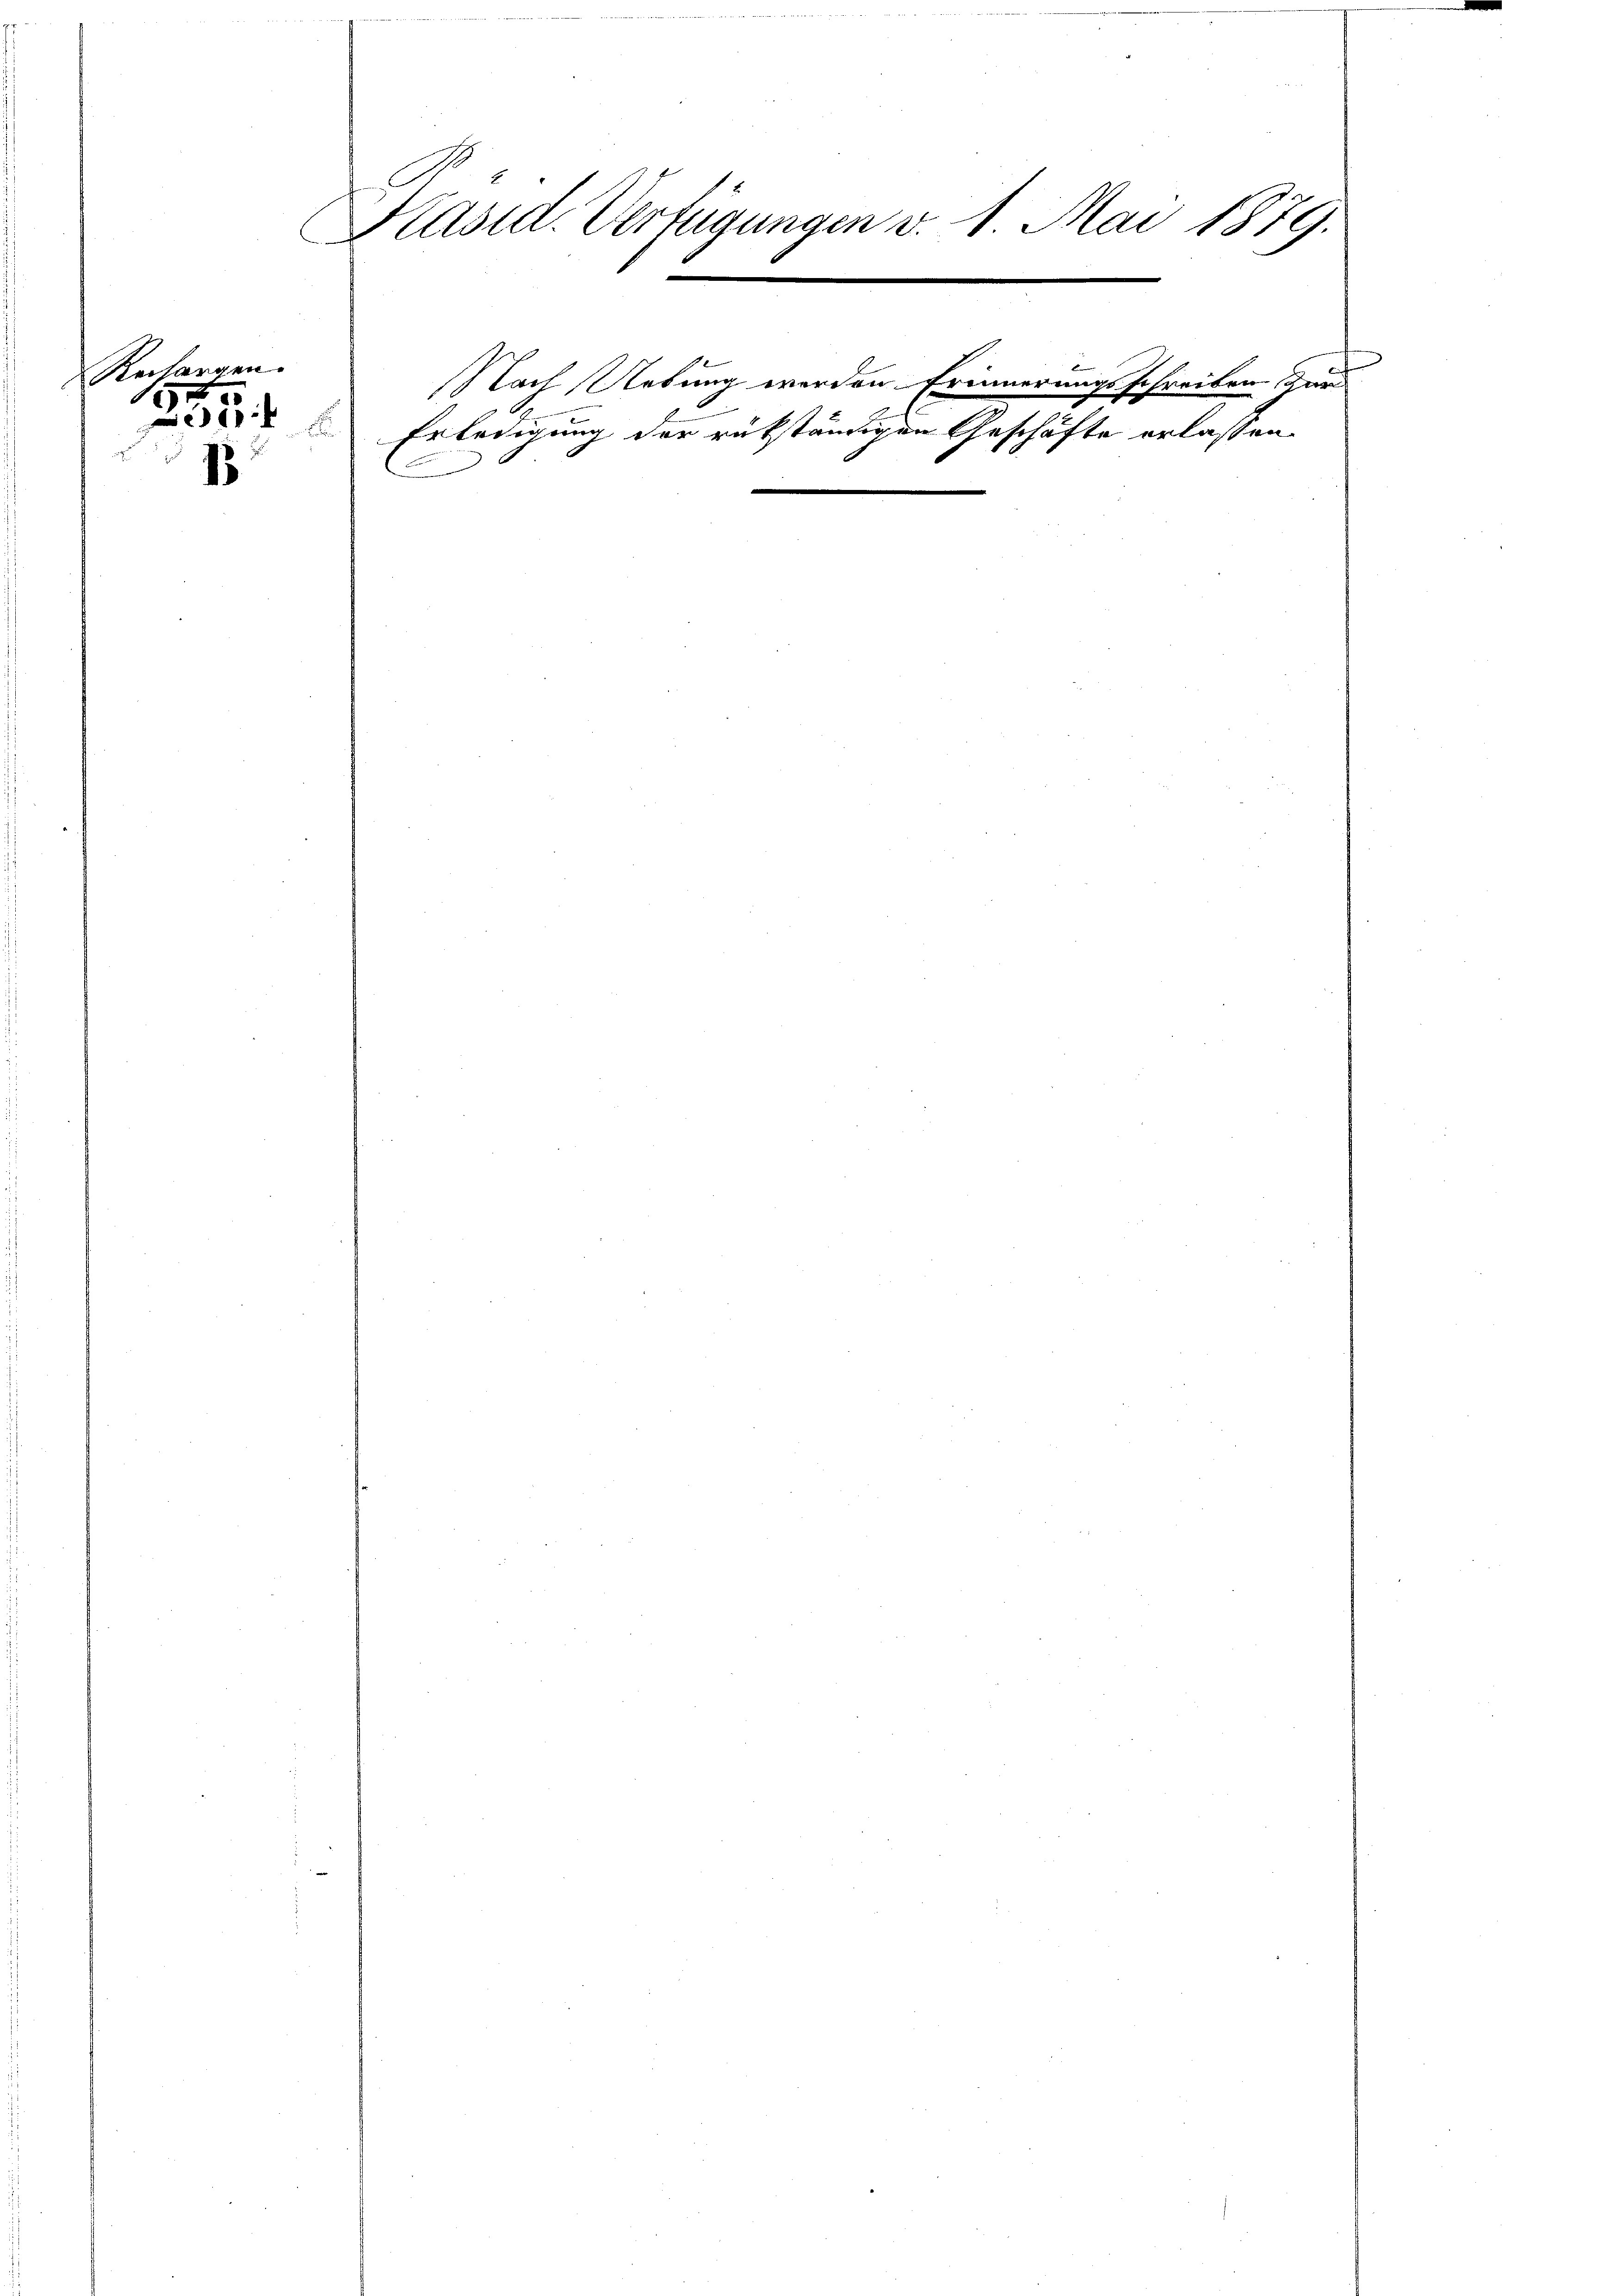
Recharg
184
k

.
1

.

C
Präsid. Verfügungen v. 1. Mai 1879.
e
e

Nach Uebung werden Erinnerungsschreiben dar
Erledigung der rükständigen Geschäfte erlassen